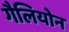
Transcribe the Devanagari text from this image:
गैलियोन